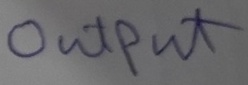
Text: OUTPUT